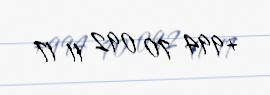
+994 70 092 11 17